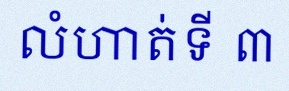
លំហាត់ទី ៣